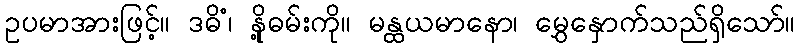
ဥပမာအားဖြင့်။ ဒဓိံ၊ နို့ဓမ်းကို။ မန္ထယမာနော၊ မွှေနှောက်သည်ရှိသော်။